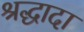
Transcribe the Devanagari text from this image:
श्रद्धादा